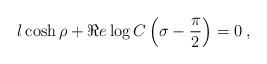
LaTeX: \begin{align*}l\cosh \rho +\Re e\log C\left( \sigma -\displaystyle\frac{\pi }{2}\right) =0\: ,\end{align*}